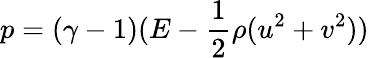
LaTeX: p=(\gamma-1)(E-\frac{1}{2}\rho(u^{2}+v^{2}))